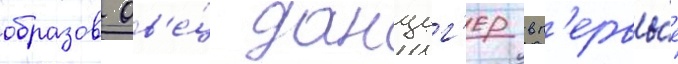
образов ов'е́ц данциг'ер вп'ервы́е